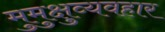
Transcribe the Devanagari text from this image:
मुमुक्षुव्यवहार